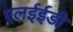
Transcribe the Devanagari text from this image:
एलईईडी